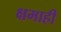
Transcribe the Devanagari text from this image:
क्षमाही